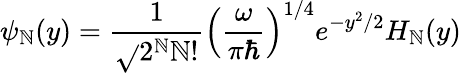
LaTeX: \psi_{\mathbb{N}}(y)=\frac{{1}}{{\sqrt{}{{2^{\mathbb{N}}\mathbb{N}!}}}}\left(\frac{{\omega}}{{\pi\hbar}}\right)^{1/4}e^{-y^{2}/2}H_{\mathbb{N}}(y)